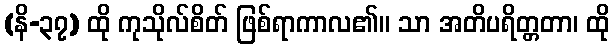
(နိ-၃၇) ထို ကုသိုလ်စိတ် ဖြစ်ရာကာလ၏။ သာ အတိပရိတ္တတာ၊ ထို